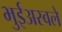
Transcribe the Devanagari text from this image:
भुईअस्वले